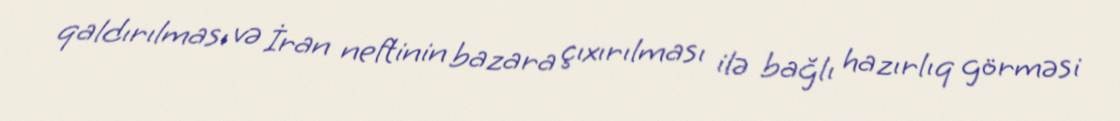
qaldırılması və İran neftinin bazara çıxırılması ilə bağlı hazırlıq görməsi